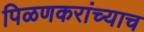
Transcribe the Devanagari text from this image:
पिळणकरांच्याच